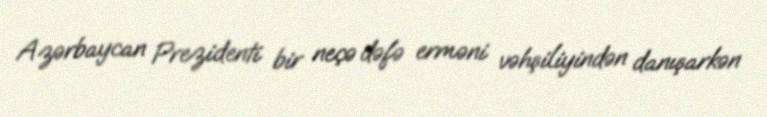
Azərbaycan Prezidenti bir neçə dəfə erməni vəhşiliyindən danışarkən